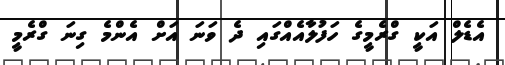
އެޑެލް އަކީ ގްރެމީގެ ހަފުލާއެއްގައި ދެ ވަނަ އަށް އެންމެ ގިނަ ގްރެމީ